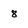
Character: 8